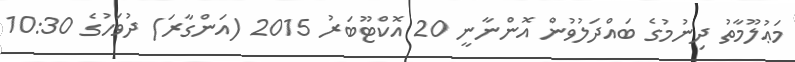
މަޢުލޫމާތު ދިނުމުގެ ބައްދަލުވުން އޮންނާނީ 20 އޮކްޓޫބަރު 2015 (އަންގާރަ) ދުވަހުގެ 10:30